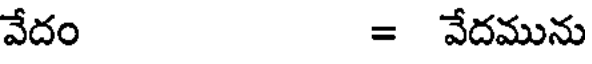
వేదం = వేదమును